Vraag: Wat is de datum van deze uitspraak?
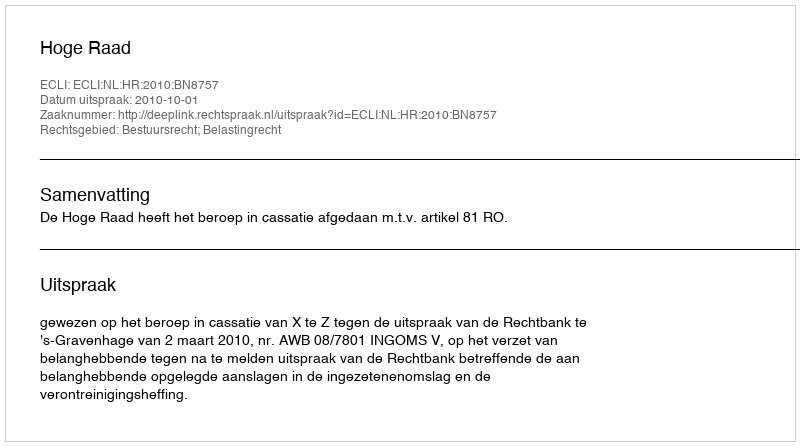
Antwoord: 2010-10-01